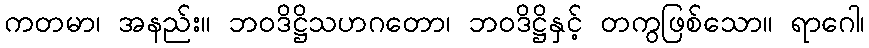
ကတမာ၊ အနည်း။ ဘဝဒိဋ္ဌိသဟဂတော၊ ဘဝဒိဋ္ဌိနှင့် တကွဖြစ်သော။ ရာဂေါ၊